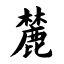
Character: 麓